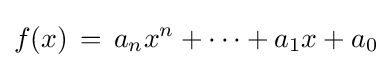
f(x)\,=\,a_{n}x^{n}+\cdots +a_{1}x+a_{0}